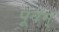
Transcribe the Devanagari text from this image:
पूर्वम्